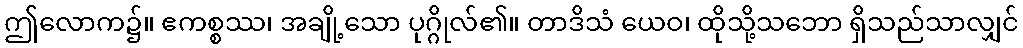
ဤလောက၌။ ဧကစ္စဿ၊ အချို့သော ပုဂ္ဂိုလ်၏။ တာဒိသံ ယေဝ၊ ထိုသို့သဘော ရှိသည်သာလျှင်